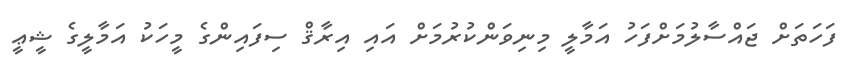
ފަހަތަށް ޖައްސާލުމަށްފަހު އަމާލީ މިނިވަންކުރުމަށް އައި އިރާޤް ސިފައިންގެ މީހަކު އަމާލީގެ ޝީޢީ